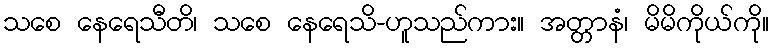
သစေ နေရေသီတိ၊ သစေ နေရေသိ-ဟူသည်ကား။ အတ္တာနံ၊ မိမိကိုယ်ကို။